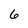
Character: 6